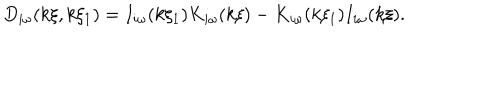
D _ { i \omega } ( k \xi , k \xi _ { 1 } ) = I _ { i \omega } ( k \xi _ { 1 } ) K _ { i \omega } ( k \xi ) - K _ { i \omega } ( k \xi _ { 1 } ) I _ { i \omega } ( k \xi ) .